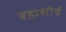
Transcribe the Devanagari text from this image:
बह्मशीर्ष